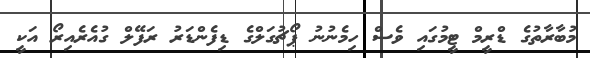
މުބާރާތުގެ ޑްރީމް ޓީމުގައި ވެސް ހިމެނުނު ޕޯޗުގަލްގެ ޑިފެންޑަރު ރަފޭލް ގުއެރެއިރޯ އަކީ